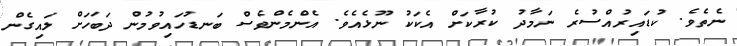
ނެތެވެ. ކުޑައިރުއްސުރެ ނަމާދު ކުރާކަށްް އެކަކު ނޫޅެއެވެ. އެންމެންވެސް ބަނޑުހައިވުމުން ދަބަހަށް ލައިގެން